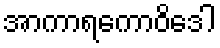
အာကာရကောဝိဒေါ